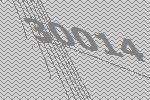
30014